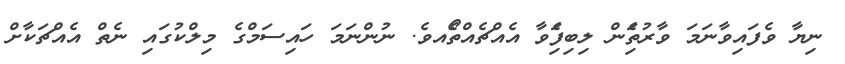
ނިޔާ ވެފައިވާނަމަ ވާރުތަެިން ލިބިފަެިވާ އެއްޗެއްތޯެއވެ. ނުންނަމަ ހައިސަމްގެ މިލްކުގައި ނެތް އެއްޗަކާށް